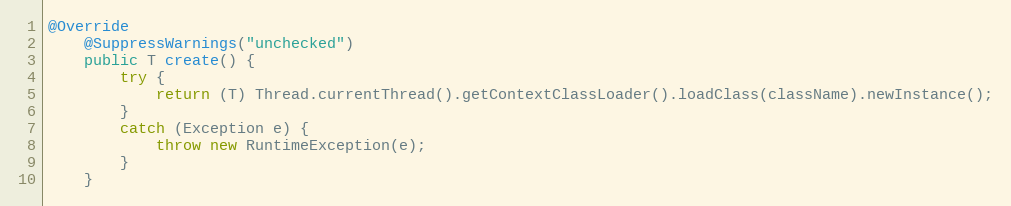
Language: Java
@Override
    @SuppressWarnings("unchecked")
    public T create() {
        try {
            return (T) Thread.currentThread().getContextClassLoader().loadClass(className).newInstance();
        }
        catch (Exception e) {
            throw new RuntimeException(e);
        }
    }